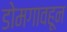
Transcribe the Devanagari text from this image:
डोमगावहून